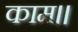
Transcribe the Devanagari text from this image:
काम।।